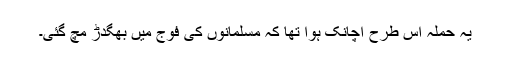
یہ حملہ اس طرح اچانک ہوا تھا کہ مسلمانوں کی فوج میں بھگدڑ مچ گئی۔